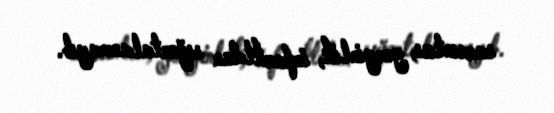
sarsıntısı, gərginlik, infarktdan sığortalanmayıb.